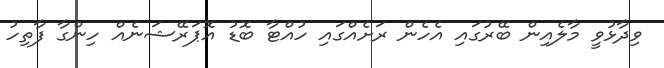
ވިދާޅުވީ މާލެއިން ބޭރުގައި އެހެން ރަށެއްގައި ހުއްޓާ ބޮޑު އޮޕަރޭޝަނެއް ހިންގާ ފާތިހު